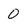
Character: 0